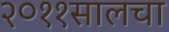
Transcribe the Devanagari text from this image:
२०११सालचा